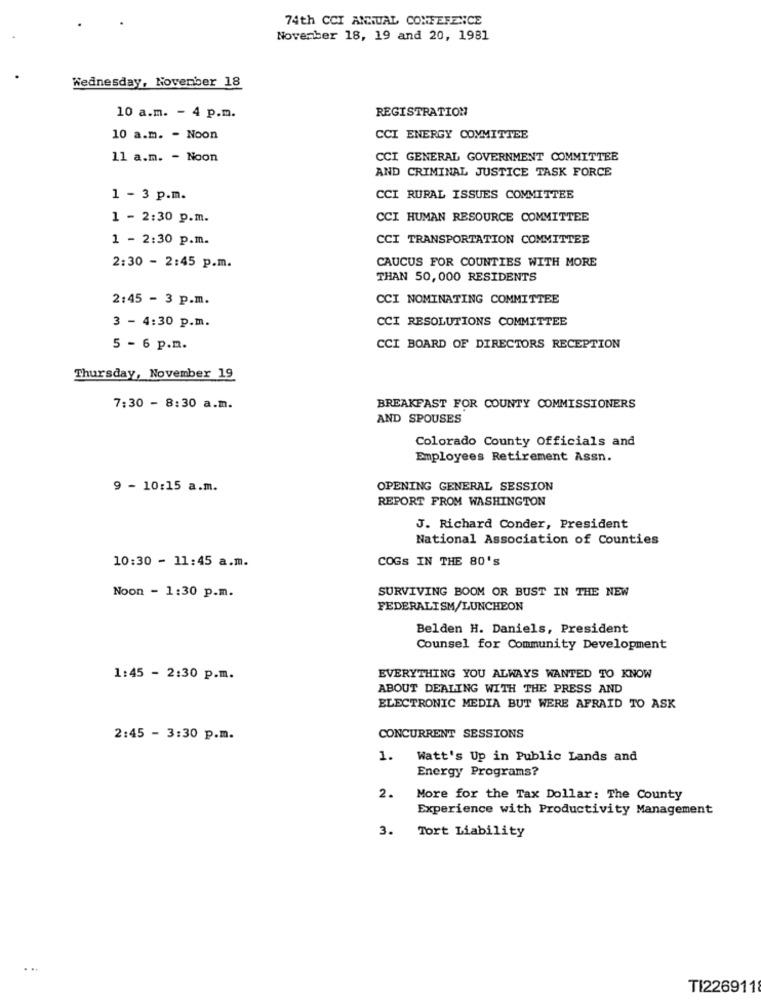
74th CCI ANNUAL CONFERENCE
November 18, 19 and 20, 1981
Wednesday, November 18
REGISTRATION
10 a.m. - 4 p.m.
10 a.m. - Noon
CCI ENERGY COMMITTEE
11 a.m. - Noon
CCI GENERAL GOVERNMENT COMMITTEE
AND CRIMINAL JUSTICE TASK FORCE
1 - 3 p.m.
CCI RURAL ISSUES COMMITTEE
1 - 2:30 p.m.
CCI HUMAN RESOURCE COMMITTEE
1 - 2:30 p.m.
CCI TRANSPORTATION COMMITTEE
CAUCUS FOR COUNTIES WITH MORE
2:30 - 2:45 p.m.
THAN 50, 000 RESIDENTS
2:45 - 3 p.m.
CCI NOMINATING COMMITTEE
3 - 4:30 p.m.
CCI RESOLUTIONS COMMITTEE
5 - 6 p.m.
CCI BOARD OF DIRECTORS RECEPTION
Thursday, November 19
7:30 - 8:30 a.m.
BREAKFAST FOR COUNTY COMMISSIONERS
AND SPOUSES
Colorado County Officials and
Employees Retirement Assn.
9 - 10:15 a.m.
OPENING GENERAL SESSION
REPORT FROM WASHINGTON
J. Richard Conder, President
National Association of Counties
10:30 - 11:45 a.m.
COGS IN THE 80'S
SURVIVING BOOM OR BUST IN THE NEW
Noon - 1:30 p.m.
FEDERALISM/LUNCHEON
Belden H. Daniels, President
Counsel for Community Development
1:45 - 2:30 p.m.
EVERYTHING YOU ALWAYS WANTED TO KNOW
ABOUT DEALING WITH THE PRESS AND
ELECTRONIC MEDIA BUT WERE AFRAID TO ASK
2:45 - 3:30 p.m.
CONCURRENT SESSIONS
1.
Watt's Up in Public Lands and
Energy Programs?
2.
More for the Tax Dollar: The County
Experience with Productivity Management
3.
Tort Liability
...
TI226911